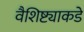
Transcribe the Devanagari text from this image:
वैशिष्ट्याकडे